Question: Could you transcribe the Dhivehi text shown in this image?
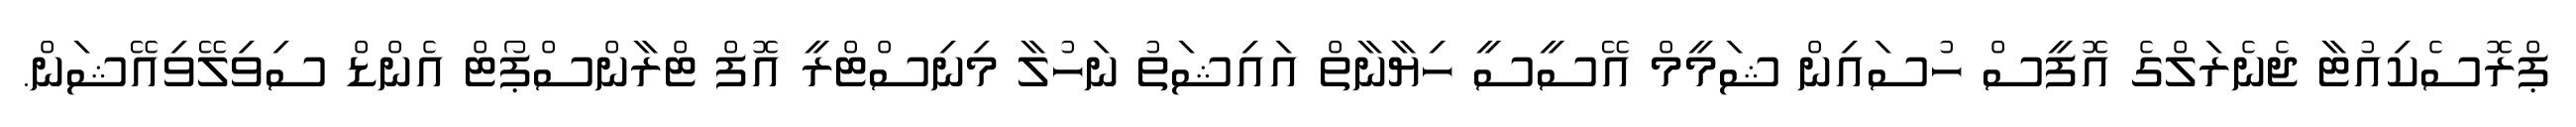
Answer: ޕްރޮސެކިއުޓާ ޖެނެރަލްގެ އޮފީސް ހުސައިން ޝަމީމް އޭސީސީ ހިޔާނާތް އައިޝަތު ނަހުލާ މިނިސްޓްރީ އޮފް ޓްރާންސްޕޯޓް އެންޑް ސިވިލޭވިއޭޝަން.